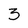
Character: 3